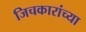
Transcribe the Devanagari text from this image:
जिचकारांच्या